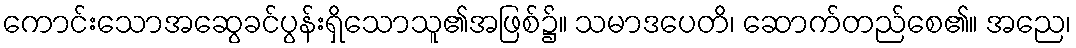
ကောင်းသောအဆွေခင်ပွန်းရှိသောသူ၏အဖြစ်၌။ သမာဒပေတိ၊ ဆောက်တည်စေ၏။ အညေ၊